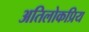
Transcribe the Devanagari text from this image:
अतिलोकप्रिय